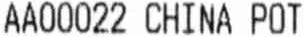
AA00022 CHINA POT